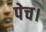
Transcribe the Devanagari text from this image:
पेच।